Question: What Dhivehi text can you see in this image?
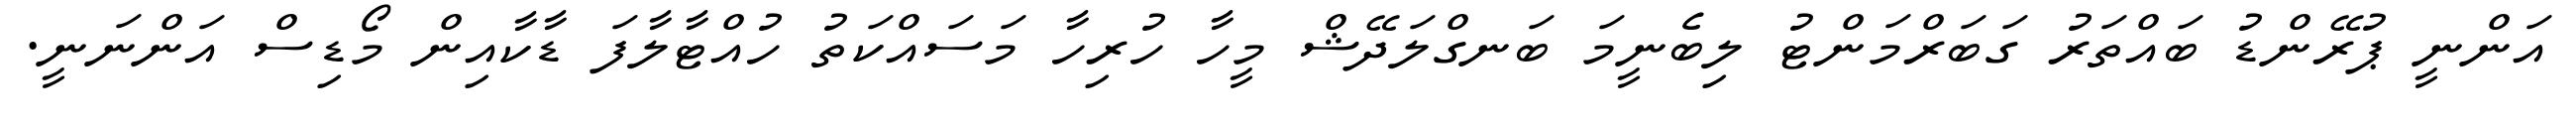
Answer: އަންނީ ޕުރޭންޑު ބައްތަރު ގަބަރްމަންޓު ލިބެނީމަ ބަނގްލަދޭޝް މީހާ ހުރިހާ މަސައްކަތު ހުއްޓާލާފަ ޑާކާއިން މޯޑިސް އަންނަނީ.